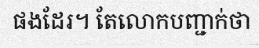
ផងដែរ។ តែលោកបញ្ជាក់ថា